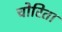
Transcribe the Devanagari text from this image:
चोरिता